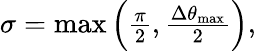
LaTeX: \begin{array}{r}{\sigma=\operatorname*{max}\left(\frac{\pi}{2},\frac{\Delta\theta_{\operatorname*{max}}}{2}\right),}\end{array}